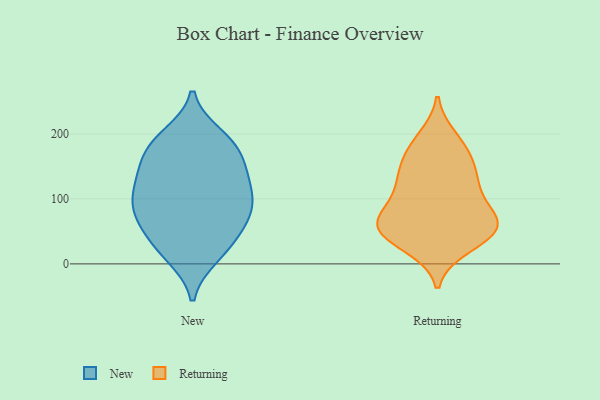
{"axis": {"x": "Tickets Resolved", "y": "Value"}, "legend": ["New", "Returning"], "data": [{"x": "", "y": 142, "type": "New"}, {"x": "", "y": 26, "type": "New"}, {"x": "", "y": 79, "type": "New"}, {"x": "", "y": 134, "type": "New"}, {"x": "", "y": 187, "type": "New"}, {"x": "", "y": 72, "type": "New"}, {"x": "", "y": 183, "type": "New"}, {"x": "", "y": 17, "type": "New"}, {"x": "", "y": 103, "type": "New"}, {"x": "", "y": 52, "type": "New"}, {"x": "", "y": 197, "type": "New"}, {"x": "", "y": 96, "type": "New"}, {"x": "", "y": 83, "type": "New"}, {"x": "", "y": 12, "type": "New"}, {"x": "", "y": 123, "type": "New"}, {"x": "", "y": 140, "type": "New"}, {"x": "", "y": 96, "type": "New"}, {"x": "", "y": 183, "type": "New"}, {"x": "", "y": 164, "type": "New"}, {"x": "", "y": 51, "type": "New"}, {"x": "", "y": 37, "type": "Returning"}, {"x": "", "y": 75, "type": "Returning"}, {"x": "", "y": 62, "type": "Returning"}, {"x": "", "y": 62, "type": "Returning"}, {"x": "", "y": 178, "type": "Returning"}, {"x": "", "y": 193, "type": "Returning"}, {"x": "", "y": 172, "type": "Returning"}, {"x": "", "y": 61, "type": "Returning"}, {"x": "", "y": 139, "type": "Returning"}, {"x": "", "y": 134, "type": "Returning"}, {"x": "", "y": 103, "type": "Returning"}, {"x": "", "y": 138, "type": "Returning"}, {"x": "", "y": 62, "type": "Returning"}, {"x": "", "y": 27, "type": "Returning"}, {"x": "", "y": 109, "type": "Returning"}, {"x": "", "y": 43, "type": "Returning"}, {"x": "", "y": 56, "type": "Returning"}]}